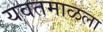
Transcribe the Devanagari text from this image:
यवतमाळला